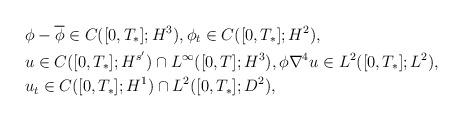
LaTeX: \begin{align*}& \phi-\overline{\phi} \in C([0,T_*];H^3), \phi_t \in C([0,T_*];H^2),\\& u\in C([0,T_*]; H^{s'})\cap L^\infty([0,T]; H^3), \phi \nabla^4 u\in L^2([0,T_*] ; L^2), \\& u_t \in C([0,T_*]; H^1)\cap L^2([0,T_*] ; D^2),\end{align*}